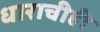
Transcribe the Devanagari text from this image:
धाराचीही